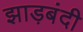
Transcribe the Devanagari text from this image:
झाड़बंदी